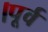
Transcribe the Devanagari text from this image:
।पूर्व